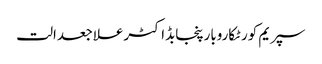
سپریم کورٹکاروبارپنجابڈاکٹرعلاجعدالت